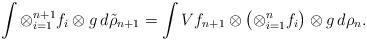
LaTeX: \begin{align*}\int \otimes_{i=1}^{n+1} f_i\otimes g\,d\tilde\rho_{n+1}=\int Vf_{n+1}\otimes\bigl(\otimes_{i=1}^n f_i\bigr)\otimes g\,d\rho_n.\end{align*}